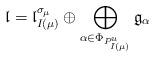
LaTeX: \begin{align*}\mathfrak{l} = \mathfrak{l}_{I(\mu)}^{\sigma_{\mu}}\oplus \bigoplus_{\alpha\in \Phi_{P_{I(\mu)}^u}}\mathfrak{g}_{\alpha}\end{align*}